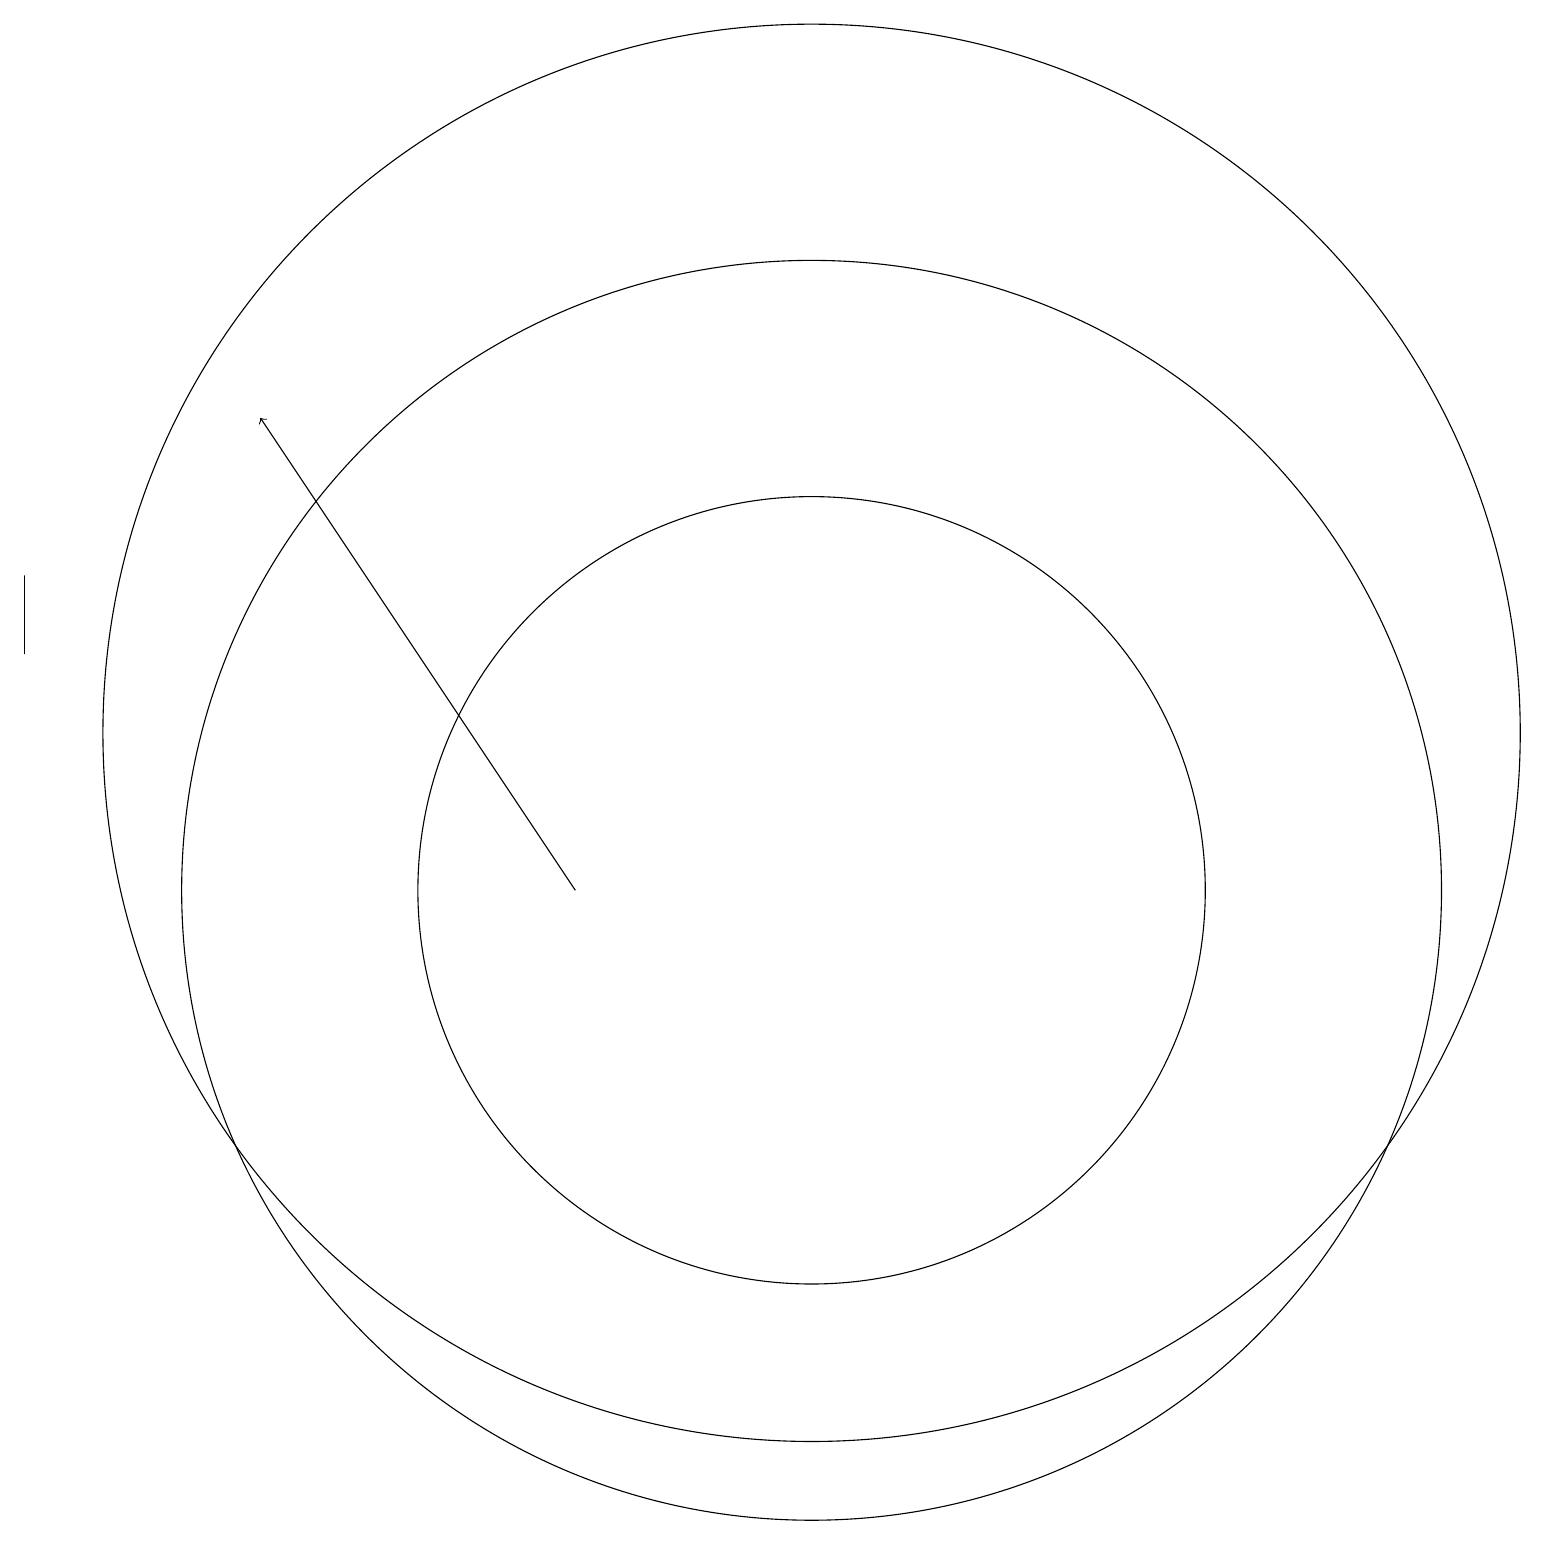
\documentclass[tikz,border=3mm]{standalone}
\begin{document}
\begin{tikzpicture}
\draw (11,10) circle (8);
\draw[->] (8,10) -- (4,16);
\draw (1,14) rectangle (1,13);
\draw (11,12) circle (9);
\draw (11,10) circle (5);
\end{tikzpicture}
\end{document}